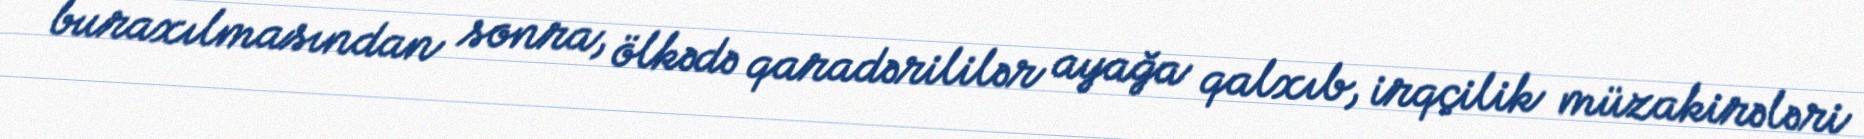
buraxılmasından sonra, ölkədə qaradərililər ayağa qalxıb, irqçilik müzakirələri